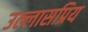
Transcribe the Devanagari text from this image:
उल्लासप्रिय